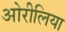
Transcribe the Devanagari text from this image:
ओरीलिया